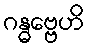
ဂန္ဓဗ္ဗေဟိ